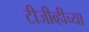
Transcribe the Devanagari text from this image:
टीजीव्हीच्या